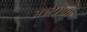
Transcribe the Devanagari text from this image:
अन्नेपूर्णा